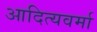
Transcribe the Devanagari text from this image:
आदित्यवर्मा